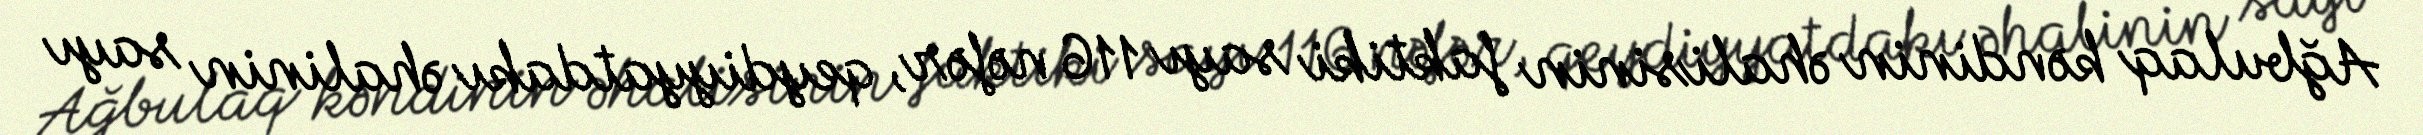
Ağbulaq kəndinin əhalisinin faktiki sayı 116 nəfər, qeydiyyatdakı əhalinin sayı